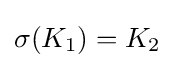
\sigma (K_{1})=K_{2}